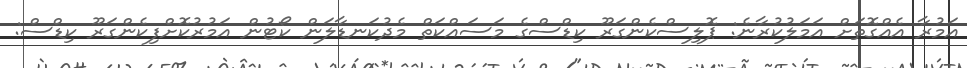
އަމުރާ އެއްގޮތަށް އަމަލުކުރާނެ: ޕޮލިސްކެންގަރޫ ކިޑްސްގެ މަސައްކަތް މެދުކަނޑާލަން ކޯޓުން އަމުރުކޮށްފިކެންގަރޫ ކިޑްސް: